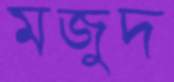
মজুদ